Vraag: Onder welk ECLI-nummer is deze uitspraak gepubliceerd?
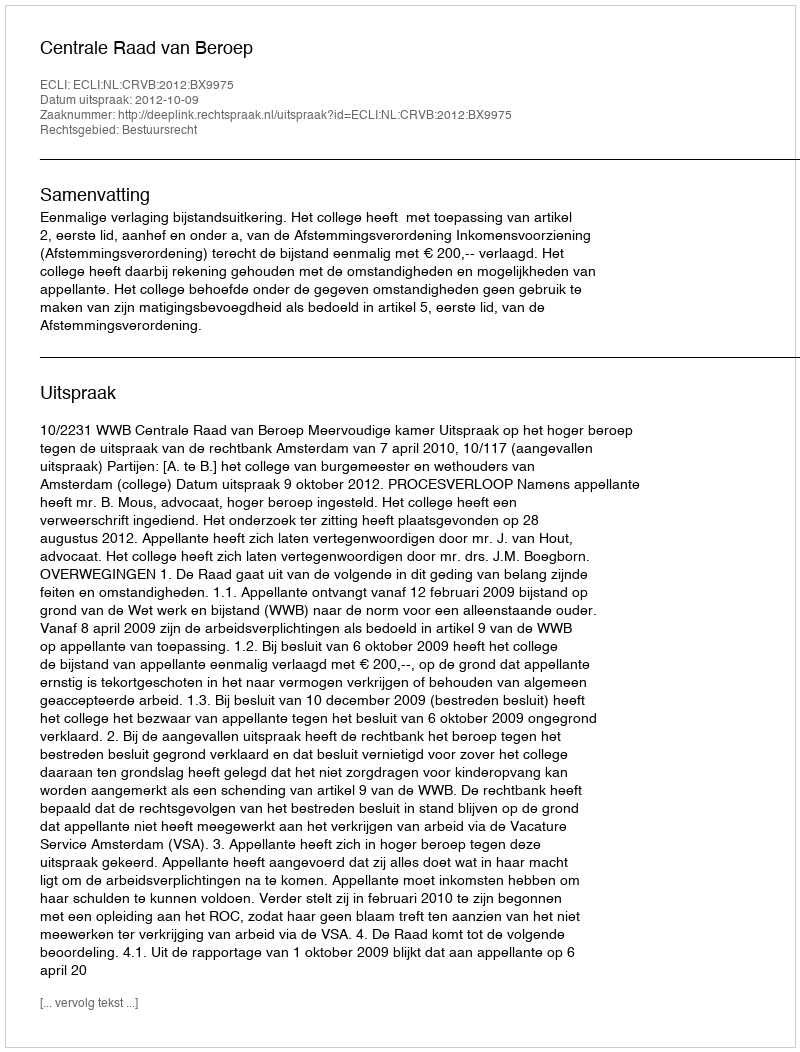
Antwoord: ECLI:NL:CRVB:2012:BX9975